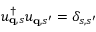
u _ { { \bf q } , s } ^ { \dagger } u _ { { \bf q } , s ^ { \prime } } = \delta _ { s , s ^ { \prime } }